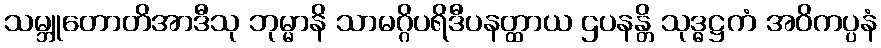
သမ္ဘူတောတိအာဒီသု ဘုမ္မာနိ သာမဂ္ဂိပရိဒီပနတ္ထာယ ဌပနန္တိ သုဒ္ဓဋ္ဌကံ အဝိကပ္ပနံ